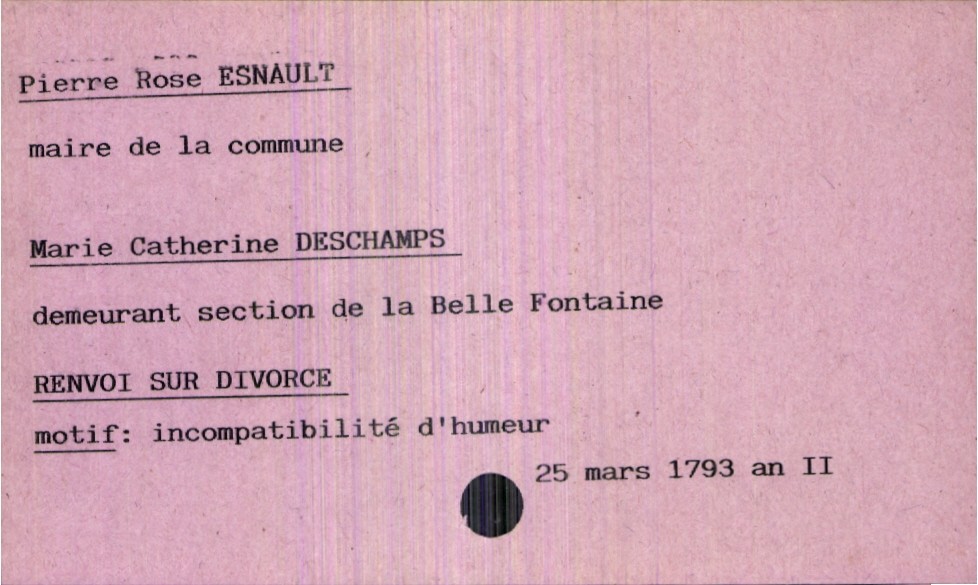
type_acte: Mariage
année: 1793
mois: mars
jour: 25
observations: Renvoi sur divorce, motif : incompatibilité d'humeur
marié_nom: Esnault
marié_prénom: Pierre Rose
marié_profession: maire de la commune
mariée_nom: Deschamps
mariée_prénom: Marie Catherine
mariée_lieu_de_vie: section de la Belle Fontaine